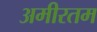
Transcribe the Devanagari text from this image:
अमीरतम